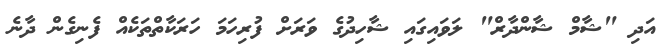
އަދި "ޝާމް ޝާންދާރް" ލަވައިގައި ޝާހިދުގެ ވަރަށް ފުރިހަމަ ހަރަކާތްތަކެއް ފެނިގެން ދާނެ